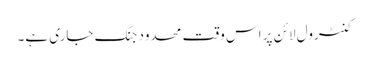
کنٹرول لائن پر اس وقت محدود جنگ جاری ہے۔